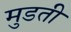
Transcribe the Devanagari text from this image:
मुडती